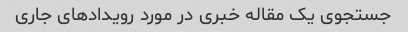
جستجوی یک مقاله خبری در مورد رویدادهای جاری